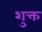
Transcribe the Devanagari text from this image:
शुक्त